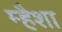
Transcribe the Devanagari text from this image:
म्हैशा